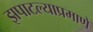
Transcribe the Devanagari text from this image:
झपाटल्याप्रमाणे